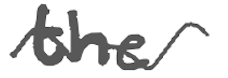
Text: the
Cross-out: wave
Writing tool: digital_gray